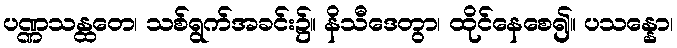
ပဏ္ဏသန္ထတေ၊ သစ်ရွက်အခင်း၌။ နိသီဒေတွာ၊ ထိုင်နေစေ၍။ ပသန္နော၊